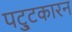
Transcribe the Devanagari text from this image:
पट्टुकारन